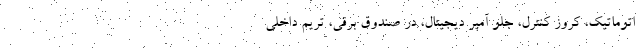
اتوماتیک، کروز کنترل، جلو آمپر دیجیتال، درِ صندوق برقی، تریم داخلی